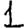
Digit: 1